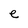
Character: e